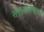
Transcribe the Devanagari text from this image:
समतोलावरून